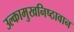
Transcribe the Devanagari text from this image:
उल्कामुखनिष्ठावान